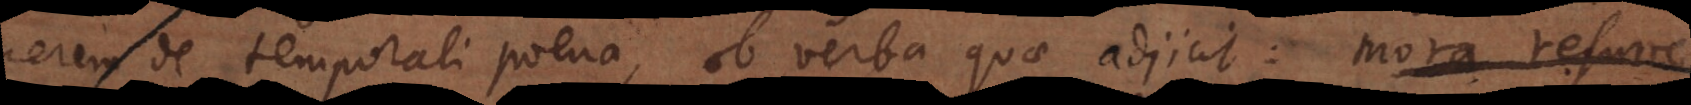
carcerem de temporali poena, ob verba quae adjicit: mora resurr